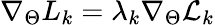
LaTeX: \nabla_{\Theta}L_{k}=\lambda_{k}\nabla_{\Theta}\mathcal{L}_{k}